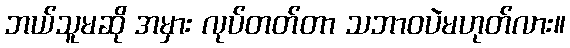
ဘယ်သူမဆို အမှား လုပ်တတ်တာ သဘာဝပဲမဟုတ်လား။